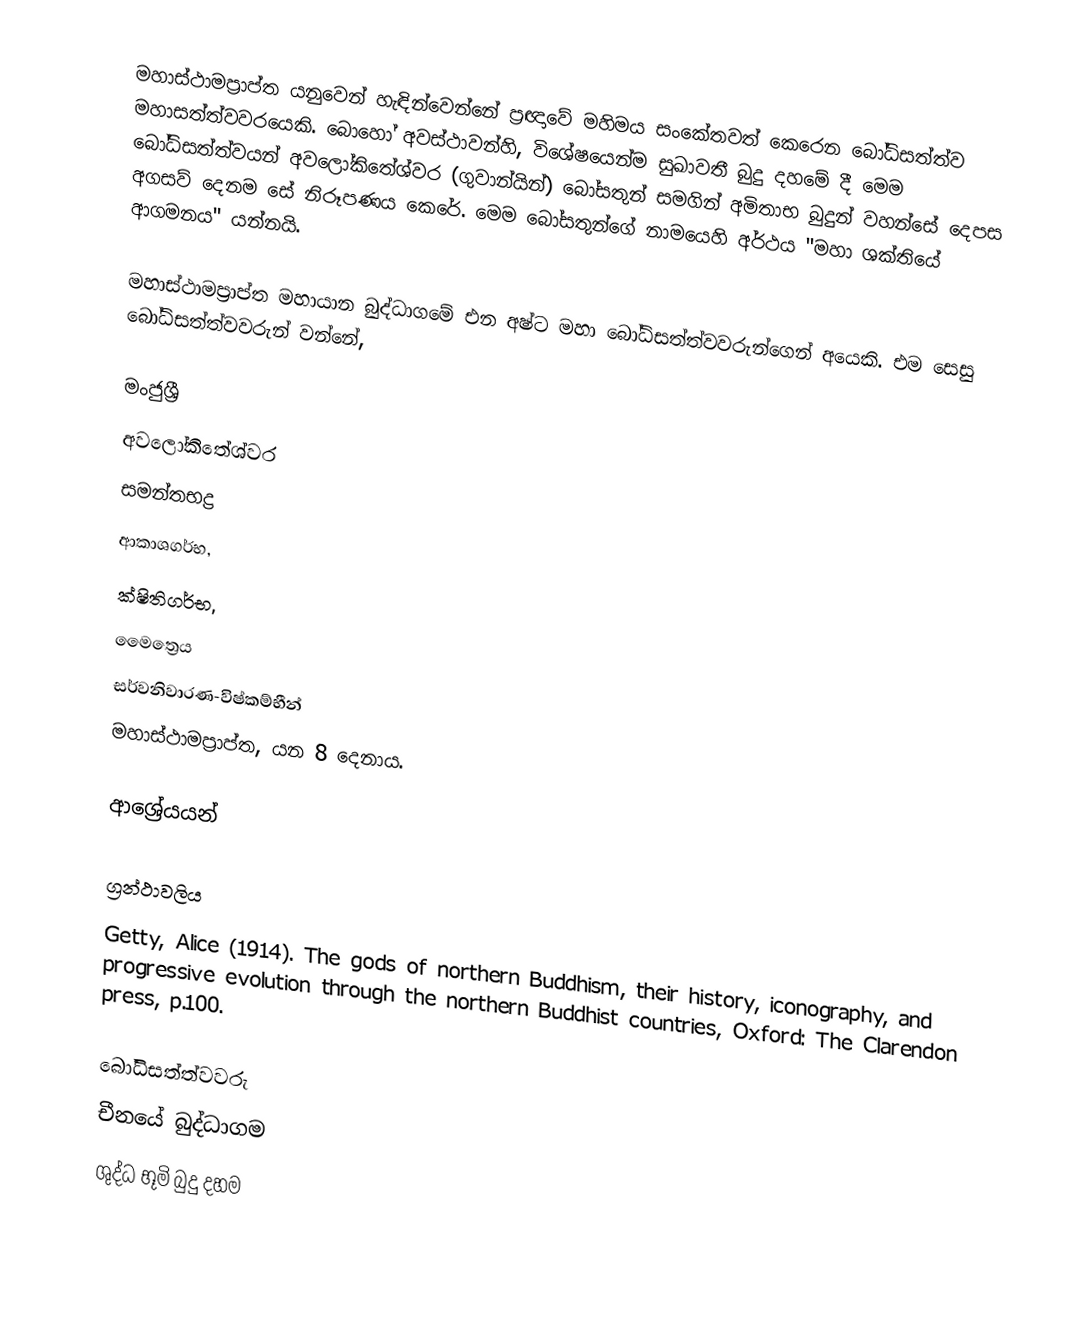
මහාස්ථාමප්‍රාප්ත යනුවෙන් හැඳින්වෙන්නේ ප්‍රඥාවේ මහිමය සංකේතවත් කෙරෙන බෝධිසත්ත්ව මහාසත්ත්වවරයෙකි. බොහෝ අවස්ථාවන්හි, විශේෂයෙන්ම සුඛාවතී බුදු දහමේ දී මෙම බෝධිසත්ත්වයන් අවලෝකිතේශ්වර (ගුවාන්යින්) බෝසතුන් සමගින් අමිතාභ බුදුන් වහන්සේ දෙපස අගසව් දෙනම සේ නිරූපණය කෙරේ. මෙම බෝසතුන්ගේ නාමයෙහි අර්ථය "මහා ශක්තියේ ආගමනය" යන්නයි.

මහාස්ථාමප්‍රාප්ත මහායාන බුද්ධාගමේ එන අෂ්ට මහා බෝධිසත්ත්වවරුන්ගෙන් අයෙකි. එම සෙසු බෝධිසත්ත්වවරුන් වන්නේ,

 මංජුශ්‍රී
 අවලෝකිතේශ්වර
 සමන්තභද්‍ර
 ආකාශගර්භ,
 ක්ෂිතිගර්භ,
 මෛත්‍රෙය
 සර්වනිවාරණ-විෂ්කම්භීන්
 මහාස්ථාමප්‍රාප්ත, යන 8 දෙනාය.

ආශ්‍රේයයන්

ග්‍රන්ථාවලිය
 Getty, Alice (1914). The gods of northern Buddhism, their history, iconography, and progressive evolution through the northern Buddhist countries, Oxford: The Clarendon press, p.100.

බෝධිසත්ත්වවරු
චීනයේ බුද්ධාගම
ශුද්ධ භූමි බුදු දහම